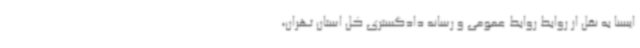
ایسنا به نقل از روابط روابط عمومی و رسانه دادگستری کل استان تهران،